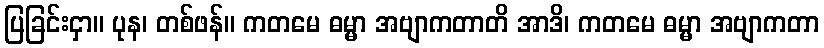
ပြခြင်းငှာ။ ပုန၊ တစ်ဖန်။ ကတမေ ဓမ္မာ အဗျာကတာတိ အာဒိ၊ ကတမေ ဓမ္မာ အဗျာကတာ